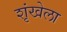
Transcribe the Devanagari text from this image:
शृंखेला